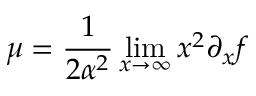
\mu = \frac { 1 } { 2 \alpha ^ { 2 } } \operatorname * { l i m } _ { x \to \infty } x ^ { 2 } \partial _ { x } f